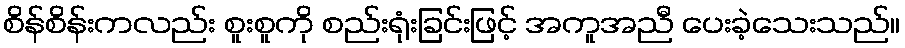
စိန်စိန်းကလည်း စူးစူကို စည်းရုံးခြင်းဖြင့် အကူအညီ ပေးခဲ့သေးသည်။